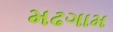
મઢગામ